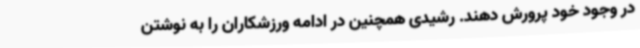
در وجود خود پرورش دهند. رشیدی همچنین در ادامه ورزشکاران را به نوشتن